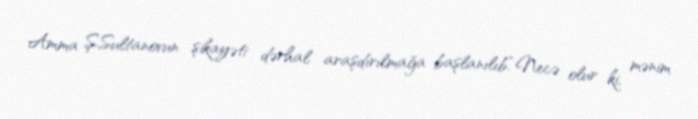
Amma Ş.Sultanovun şikayəti dərhal araşdırılmağa başlanılıb.“Necə olur ki, mənim